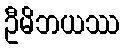
ဦမိဘယဿ